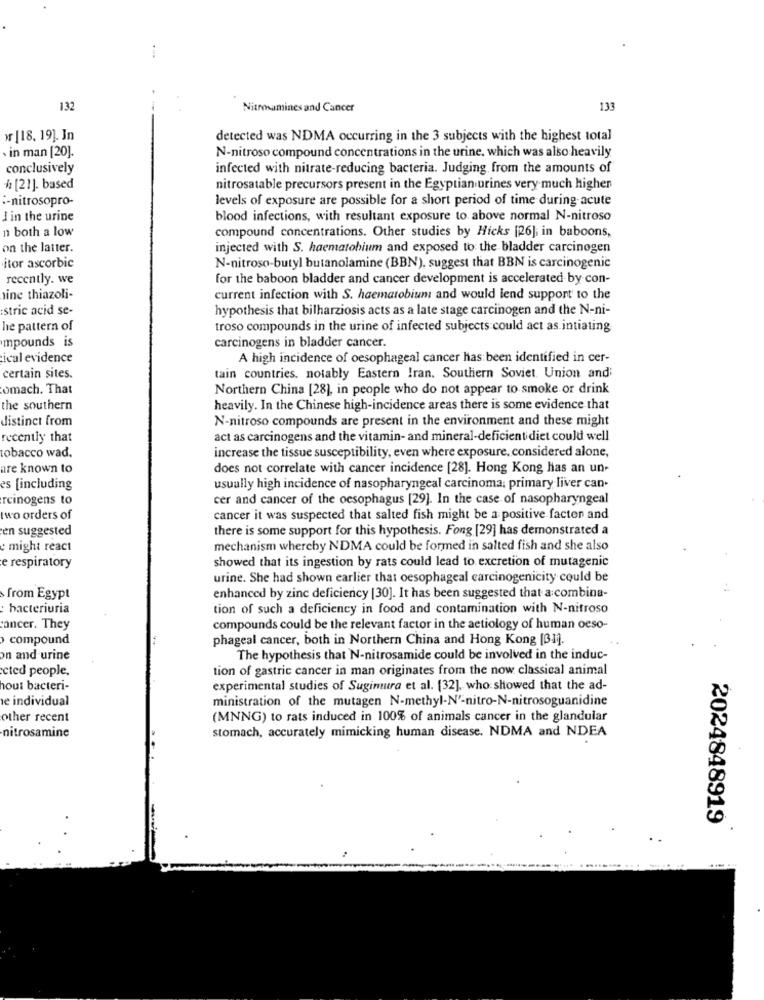
132
Nitrosamines and Cancer
133
[18, 19]. Jn
detected was NDMA occurring in the 3 subjects with the highest total
in man [20].
N-nitroso compound concentrations in the urine. which was also heavily
conclusively
infected with nitrate-reducing bacteria. Judging from the amounts of
/ [21]. based
nitrosatable precursors present in the Egyptian urines very much higher
:- nitrosopro-
levels of exposure are possible for a short period of time during acute
J in the urine
blood infections, with resultant exposure to above normal N-nitroso
n both a low
compound concentrations. Other studies by Hicks [26], in baboons,
on the latter.
injected with S. haematobium and exposed to the bladder carcinogen
itor ascorbic
N-nitroso-butyl butanolamine (BBN). suggest that BBN is carcinogenic
recently. we
for the baboon bladder and cancer development is accelerated by con-
nine thiazoli-
current infection with S. haematobium and would lend support to the
stric acid se-
hypothesis that bilharziosis acts as a late stage carcinogen and the N-ni-
he pattern of
troso compounds in the urine of infected subjects could act as intiating
mpounds is
carcinogens in bladder cancer.
ical evidence
A high incidence of oesophageal cancer has been identified in cer-
certain sites.
tain countries, notably Eastern Iran. Southern Soviet Union andi
omach. That
Northern China [28], in people who do not appear to smoke or drink
the southern
heavily. In the Chinese high-incidence areas there is some evidence that
distinct from
N-nitroso compounds are present in the environment and these might
recently that
act as carcinogens and the vitamin- and mineral-deficientidiet could well
tobacco wad.
increase the tissue susceptibility, even where exposure, considered alone,
are known to
does not correlate with cancer incidence [28]. Hong Kong has an un-
es [including
usually high incidence of nasopharyngeal carcinoma; primary liver can-
rcinogens to
cer and cancer of the oesophagus [29]. In the case of nasopharyngeal
two orders of
cancer it was suspected that salted fish might be a positive factor and
en suggested
there is some support for this hypothesis. Fong [29] has demonstrated a
e might react
mechanism whereby NDMA could be formed in salted fish and she also
e respiratory
showed that its ingestion by rats could lead to excretion of mutagenic
urine. She had shown earlier that oesophageal carcinogenicity could be
from Egypt
enhanced by zinc deficiency [30]. It has been suggested that a combina-
bacteriuria
tion of such a deficiency in food and contamination with N-nitroso
ancer. They
compounds could be the relevant factor in the aetiology of human oeso-
› compound
phageal cancer, both in Northern China and Hong Kong (31)
n and urine
The hypothesis that N-nitrosamide could be involved in the induc-
cted people.
tion of gastric cancer in man originates from the now classical animal
hout bacteri-
experimental studies of Suginmura et al. [32]. who showed that the ad-
e individual
ministration of the mutagen N-methyl-N'-nitro-N-nitrosoguanidine
other recent
(MNNG) to rats induced in 100% of animals cancer in the glandular
stomach, accurately mimicking human disease. NDMA and NDEA
nitrosamine
2024848919